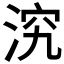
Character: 𣵇